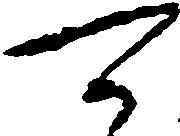
可